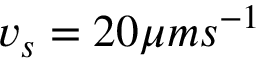
v _ { s } = 2 0 \mu m s ^ { - 1 }